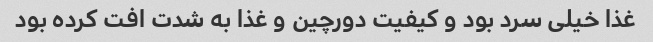
غذا خیلی سرد بود و کیفیت دورچین و غذا به شدت افت کرده بود